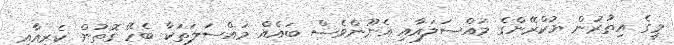
މީގެ އިތުރުން ޔުކްރޭންގެ މައްސަލައާއި އެނޫންވެސް ބައެއް މައްސަލަތަކާ ބެހޭ ގޮތުން ކެރީއާއި